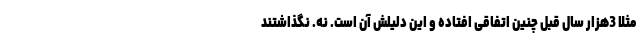
مثلا 3هزار سال قبل چنین اتفاقی افتاده و این دلیلش آن است. نه. نگذاشتند